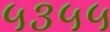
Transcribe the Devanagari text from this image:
५३५५